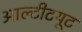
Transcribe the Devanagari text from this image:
आल्टीटयूट